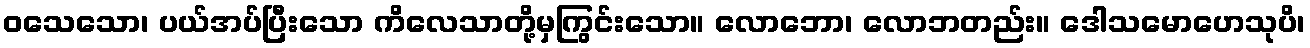
ဝသေသော၊ ပယ်အပ်ပြီးသော ကိလေသာတို့မှကြွင်းသော။ လောဘော၊ လောဘတည်း။ ဒေါသမောဟေသုပိ၊